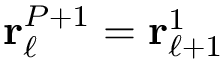
{ \bf r } _ { \ell } ^ { P + 1 } = { \bf r } _ { \ell + 1 } ^ { 1 }